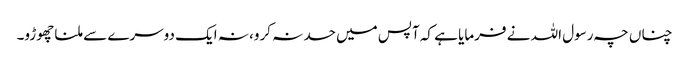
چناں چہ رسول اللہ نے فرمایا ہے کہ آپس میں حسد نہ کرو، نہ ایک دوسرے سے ملنا چھوڑو۔